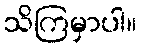
သိကြမှာပါ။